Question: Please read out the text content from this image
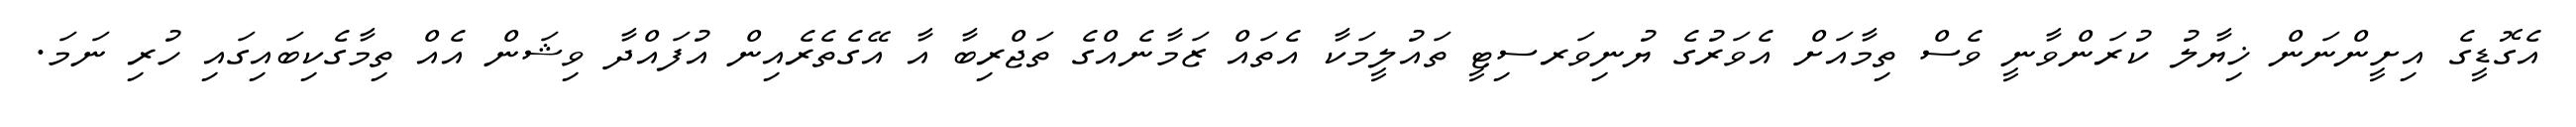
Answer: އެގޮޑީގެ އިށީންނަން ޚިޔާލު ކުރަންވާނީ ވެސް ތިމާއަށް އެވަރުގެ ޔުނިވަރސިޓީ ތައުލީމަކާ އެތައް ޒަމާނެއްގެ ތަޖްރިބާ އާ އޭގެތެރެއިން އުފައްދާ ވިޝަން އެއް ތިމާގެކިބައިގައި ހުރި ނަމަ.